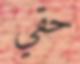
حقي